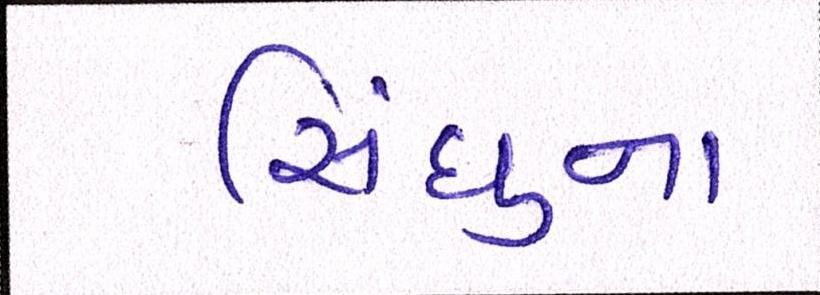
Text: સિંધુના